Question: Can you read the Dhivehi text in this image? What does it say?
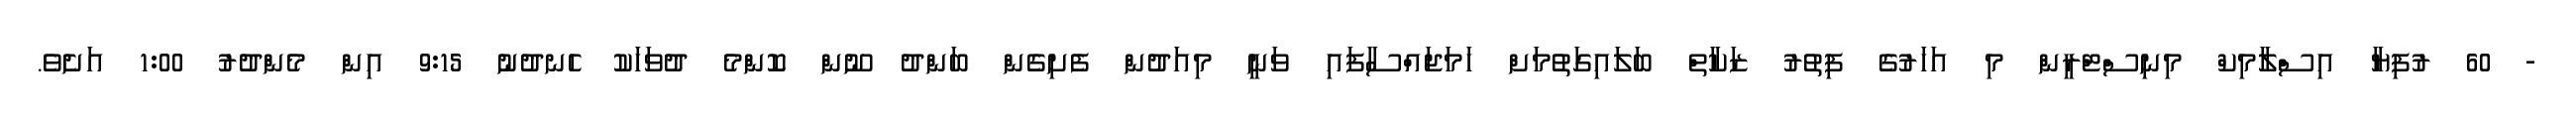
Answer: - 60 ރުފިޔާ އިސްލާމިކް މިނިސްޓްރީން މި އަހަރުގެ ފިތުރު ޒަކާތް ބަލައިގަތުމަށް ހަމަޖައްސާފައި ވަނީ މިއަދުން ފެށިގެން ބަންދު ނޫން ކޮންމެ ދުވަހަކު ހެނދުނު 9:15 އިން މެންދުރު 1:00 އަށެވެ.